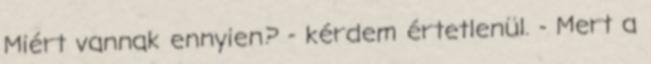
Miért vannak ennyien? - kérdem értetlenül. - Mert a